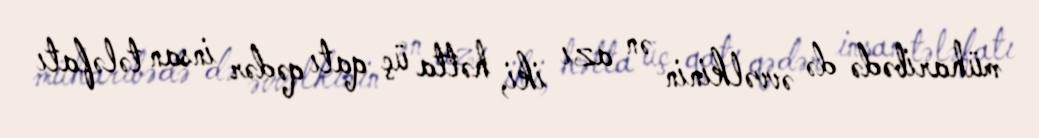
müharibədə də əvvəlkinin ən azı iki, hətta üç qatı qədər insan tələfatı